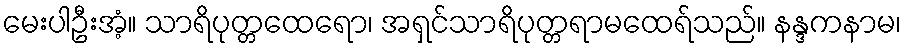
မေးပါဦးအံ့။ သာရိပုတ္တထေရော၊ အရှင်သာရိပုတ္တရာမထေရ်သည်။ နန္ဒကနာမ၊